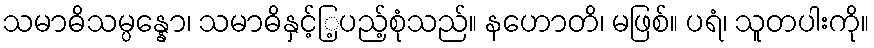
သမာဓိသမ္ပန္နော၊ သမာဓိနှင့်ြ့ပည့်စုံသည်။ နဟောတိ၊ မဖြစ်။ ပရံ၊ သူတပါးကို။